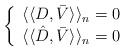
LaTeX: \begin{align*}\left\{\begin{array}{c}\langle\langle D, \bar{V} \rangle\rangle_n=0\\\langle\langle \hat{D}, \bar{V} \rangle\rangle_{n}=0\end{array}\right.\end{align*}